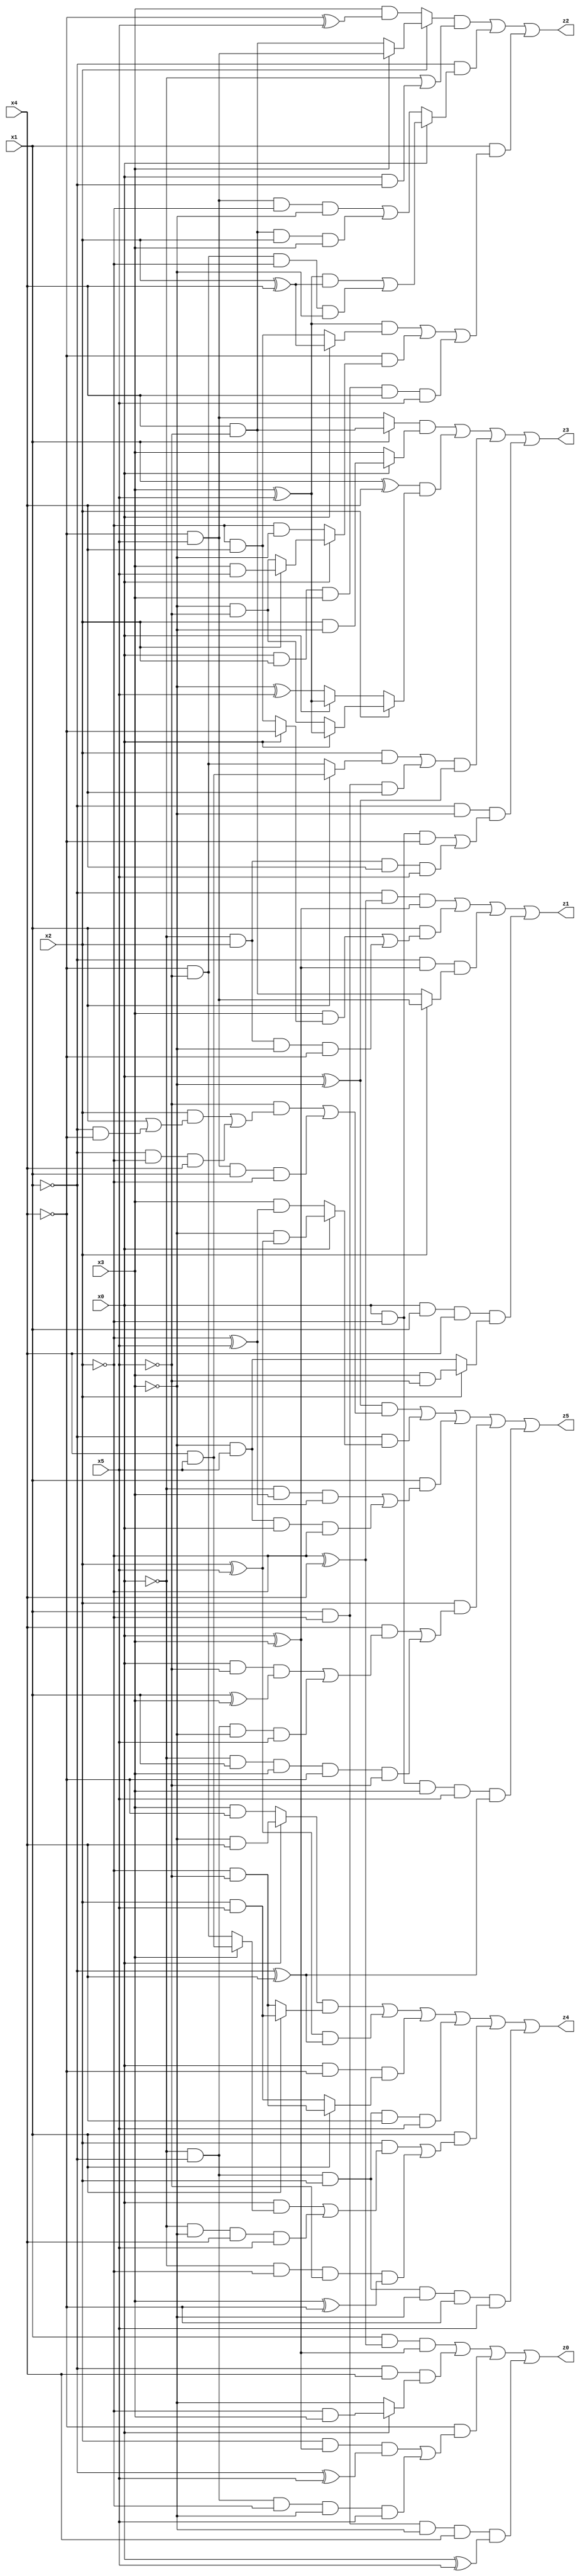
// Benchmark "X_37" written by ABC on Thu Jun 29 03:18:00 2023

module X_37 ( 
    x0, x1, x2, x3, x4, x5,
    z0, z1, z2, z3, z4, z5  );
  input  x0, x1, x2, x3, x4, x5;
  output z0, z1, z2, z3, z4, z5;
  assign z0 = (x1 & (~x2 ^ x4) & (x0 ^ x3)) | (~x1 & x4 & (x0 ? (~x2 & x3) : ~x3)) | (~x4 & ((x2 & (x0 ^ x3) & (~x1 ^ x5)) | (~x0 & ~x1 & ~x2 & ~x3 & x5))) | (x1 & ~x2 & ~x3 & x4 & (x0 ^ x5));
  assign z1 = (~x1 & (~x2 ^ x4) & (x0 ^ x3)) | (x1 & ((x3 & (x0 ? ~x4 : (~x2 & x4))) | (~x0 & x2 & ~x3 & ~x4))) | (~x1 & (x0 ^ x3) & (x2 ? (~x4 & x5) : (x4 & ~x5))) | (x0 & x1 & x4 & (x2 ? (x3 & ~x5) : (~x3 & x5)));
  assign z2 = ((x2 ? (x3 ? (~x4 & x5) : (x4 & ~x5)) : (x3 & (~x4 ^ x5))) & (~x0 | (x0 & ~x1))) | (~x1 & (x0 ? (((x3 ^ x5) & (x2 ^ x4)) | (~x4 & ~x5 & ~x2 & ~x3)) : ((~x4 & x5 & ~x2 & ~x3) | (x4 & ~x5 & x2 & x3)))) | (x1 & (((x3 ^ x5) & (x0 ? (x2 ^ x4) : (~x2 & x4))) | (~x4 & (x0 ? (x2 ? (x3 & x5) : (~x3 & ~x5)) : (~x2 & ~x3))) | (x0 & x2 & x3 & x4 & x5)));
  assign z3 = ((x1 ? (x4 & ~x5) : (~x4 & x5)) & (x0 ? (x2 & ~x3) : x3)) | ((x1 ^ x4) & (x2 ? (x0 ? (x3 ^ x5) : (~x3 & ~x5)) : (x0 ? (x3 ^ x5) : (~x3 ^ x5)))) | (((x2 & (x1 ? (x4 & x5) : (~x4 & ~x5))) | (x1 & ~x2 & x4)) & (x0 ^ ~x3)) | (~x1 & ~x3 & ((x0 & ~x2 & ~x4) | (~x0 & x2 & x4 & x5)));
  assign z4 = ((x0 ? (~x3 & x4) : (x3 & ~x4)) & (x1 ? (x2 & x5) : (~x2 & ~x5))) | ((x2 ^ x5) & (~x1 ^ x4)) | (x0 & ~x4 & (x1 ? (~x2 & ~x5) : (x2 & x5))) | (~x0 & ~x1 & x2 & x4 & x5) | (x1 & ((x2 & ((x0 & (x3 ? (x4 & x5) : (~x4 & ~x5))) | (~x0 & ~x3 & x4 & x5))) | (~x0 & ~x2 & ~x5 & (x3 ^ ~x4)))) | (~x0 & ~x1 & x2 & ~x3 & ~x4 & x5);
  assign z5 = ((x0 ^ ~x3) & ((~x5 & ((x2 & (x1 | (~x1 & ~x4))) | (~x1 & ~x2 & x4))) | (~x4 & x5 & x1 & ~x2))) | (~x1 & (x0 ? (~x3 & (x2 ^ x5)) : (x3 & (~x2 ^ x5)))) | (x1 & ((~x0 & x3 & (~x2 ^ x5)) | (~x3 & x5 & x0 & ~x2))) | (x2 & ((x4 & ((x0 & ~x5 & (x1 ^ x3)) | (~x0 & ~x1 & ~x3 & x5))) | (~x0 & x1 & x3 & ~x4 & ~x5))) | (x0 & ~x2 & x3 & x5 & (~x1 ^ x4));
endmodule